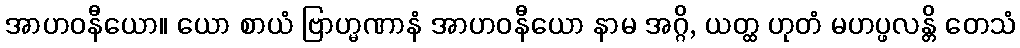
အာဟဝနီယော။ ယော စာယံ ဗြာဟ္မဏာနံ အာဟဝနီယော နာမ အဂ္ဂိ, ယတ္ထ ဟုတံ မဟပ္ဖလန္တိ တေသံ